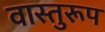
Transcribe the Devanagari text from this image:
वास्तुरूप